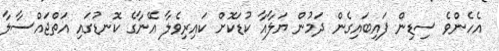
އެހެންވެ ސިޑިން ފައިބައިގެން ދަމުން ޔަލާއާ ކުޑަކޮށް ކައިރިވެލާ އޭނާގެ ކޮނޑުގައި އަތްޖައްސާލާ